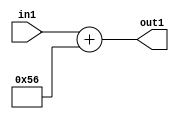
`timescale 1ps / 1ps
/*****************************************************************************
    Verilog RTL Description
    
    
    Created by: Stratus DpOpt 2019.1.01 
*******************************************************************************/

module DC_Filter_Add_12U_200_1 (
	in1,
	out1
	); /* architecture "behavioural" */ 
input [11:0] in1;
output [11:0] out1;
wire [11:0] asc001;

assign asc001 = 
	+(in1)
	+(12'B000001010110);

assign out1 = asc001;
endmodule

/* CADENCE  urnzSgk= : u9/ySgnWtBlWxVPRXgAZ4Og= ** DO NOT EDIT THIS LINE ******/